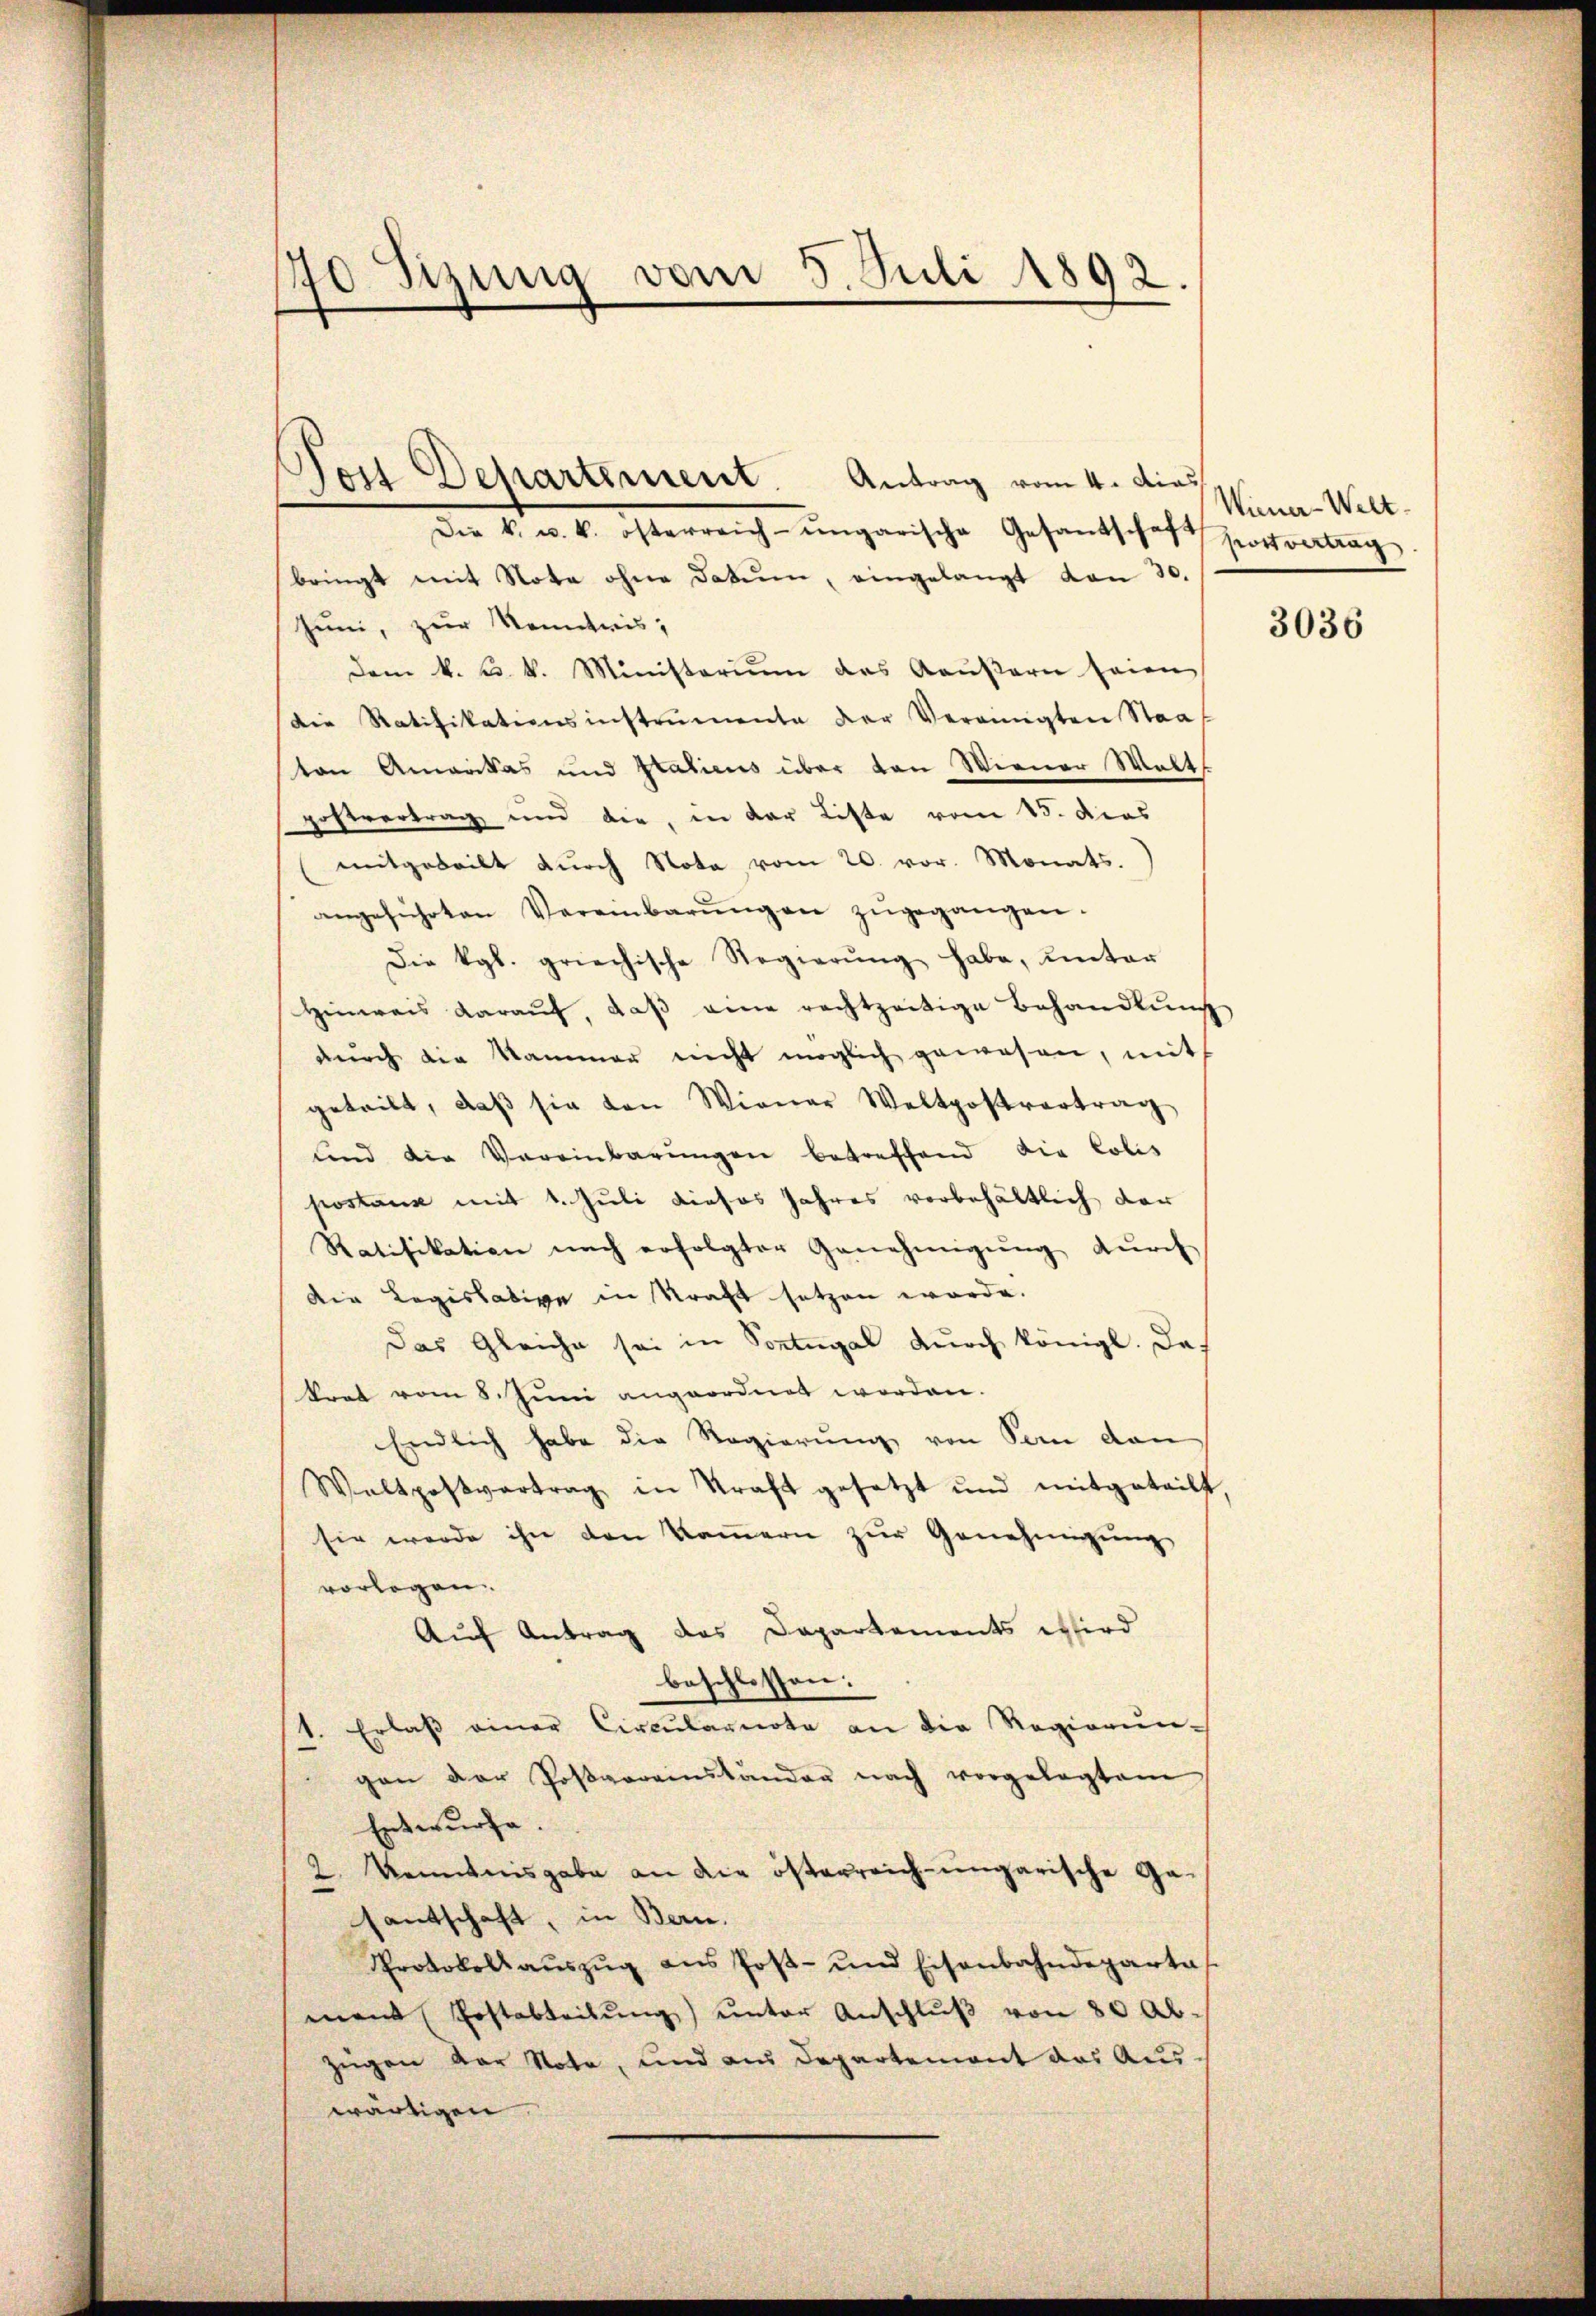
90 Sizung vom 5. Juli 1892.

Von Departement. Antrag vom 4. dies
Den 1. am 6. Osterreich einganische Gesandtschaft erkennung
bringt mit Note ohne Datum, eingelangt von 30.
Juni, zur Kenntnis;
dem k. u. k. Ministerium des Kaŭβern seien
die Ratifikationsinstrumente der Vereinigten Staat
ton Amerikas und Statiens über von Wiener Walt
postvertrag und die, in der Liste vom 15. dies
mitgeteilt durch Nota vom 20. vor. Monats.
angeführten Vereinbarŭngen zŭgegangen.
Die Kgl. griechische Regierŭng habe, unter
Hinweis daraŭf, daβ eine rechtzeitige Behandlŭng
dŭrch die Kammer nicht möglich gewesen, mit
geteilt, daβ sie den Wiener Weltpostvertrag
und die Vereinbarungen betreffend die Colis
postaus mit 1. Juli dieses Jahres vorbehältlich der
Ratifikation nach erfolgter Genehmigung durch
die Legislative in Straft setzen würde.
Das Gleiche sei in Sontugal durch königl. Das
krat vom 8. Juni angeordnet worden.
Endlich habe die Regierung von Ton den
Waltpostvertrag in Straft gesetzt und mitgeteilt,
sie werde ihn den Kammern zŭr Genehmigung
vorlegen.
Auf Antrag das Dapartements wird
beschlossen:
1. Erlaβ einer Circŭlarnote an die Regierŭn-
gen der Postvereinstander nach vorgelegtem
Entwurfe.
2. Kenntnisgabe an die österreich-ungarische Ga-
d
santschaft, in Bern.
Protokoll aŭszŭg ans Post- und Eisenbahndeparta
mand (Postabteilŭng ŭnter Anschlŭβ von 80 Ab-
zügen der Note, und aus Departement das Aus-
wärtigen

Wiener-Welt.

3036